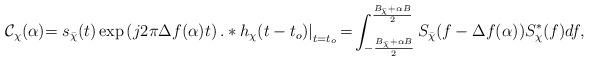
LaTeX: \begin{align*}\mathcal{C}_{\chi}(\alpha) {=} \left. s_{\bar{\chi}}(t) \exp \left( j 2 \pi\Delta f(\alpha) t \right) .* h_{\chi}(t-t_o) \right|_{t=t_o} {=} \int\nolimits_{-\frac{B_{\bar{\chi}}+\alpha B}{2}}^{\frac{B_{\bar{\chi}}+\alpha B}{2}} S_{\bar{\chi}}(f- \Delta f (\alpha)) S_{\chi}^{*}(f) df,\end{align*}